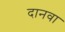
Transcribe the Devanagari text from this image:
दानवा